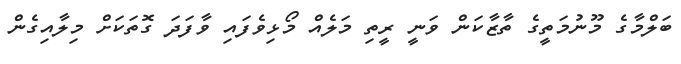
ބަލްމާގެ މޫނުމަތީގެ ތާޒާކަން ވަނީ ރީތި މަލެއް މޯޅިވެފައި ވާފަދަ ގޮތަކަށް މިލާއިގެން